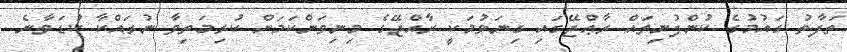
ތަފާތު ގައުމުގެ ކުންފުނިތައް ރާޢްޖޭގައި ގިނަވުމަކީ ރާއްޖޭގެ މިނިވަންކަމަށް ކުރިމަތިވާ ނުރައްކާ ކުޑަވާނެ